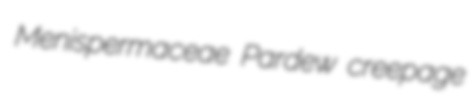
Menispermaceae Pardew creepage